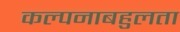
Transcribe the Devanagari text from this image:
कल्पनाबहुलता